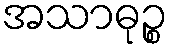
အသာဓုဉ္စ